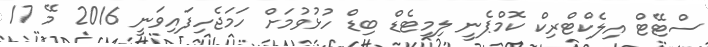
ސްޓޭޓް އިލެކްޓްރިކް ކޮމްޕެނީ ލިމިޓެޑް ބިޑް ހުޅުވުމަށް ހަމަޖެހިފައިވަނީ 2016 މޭ 17